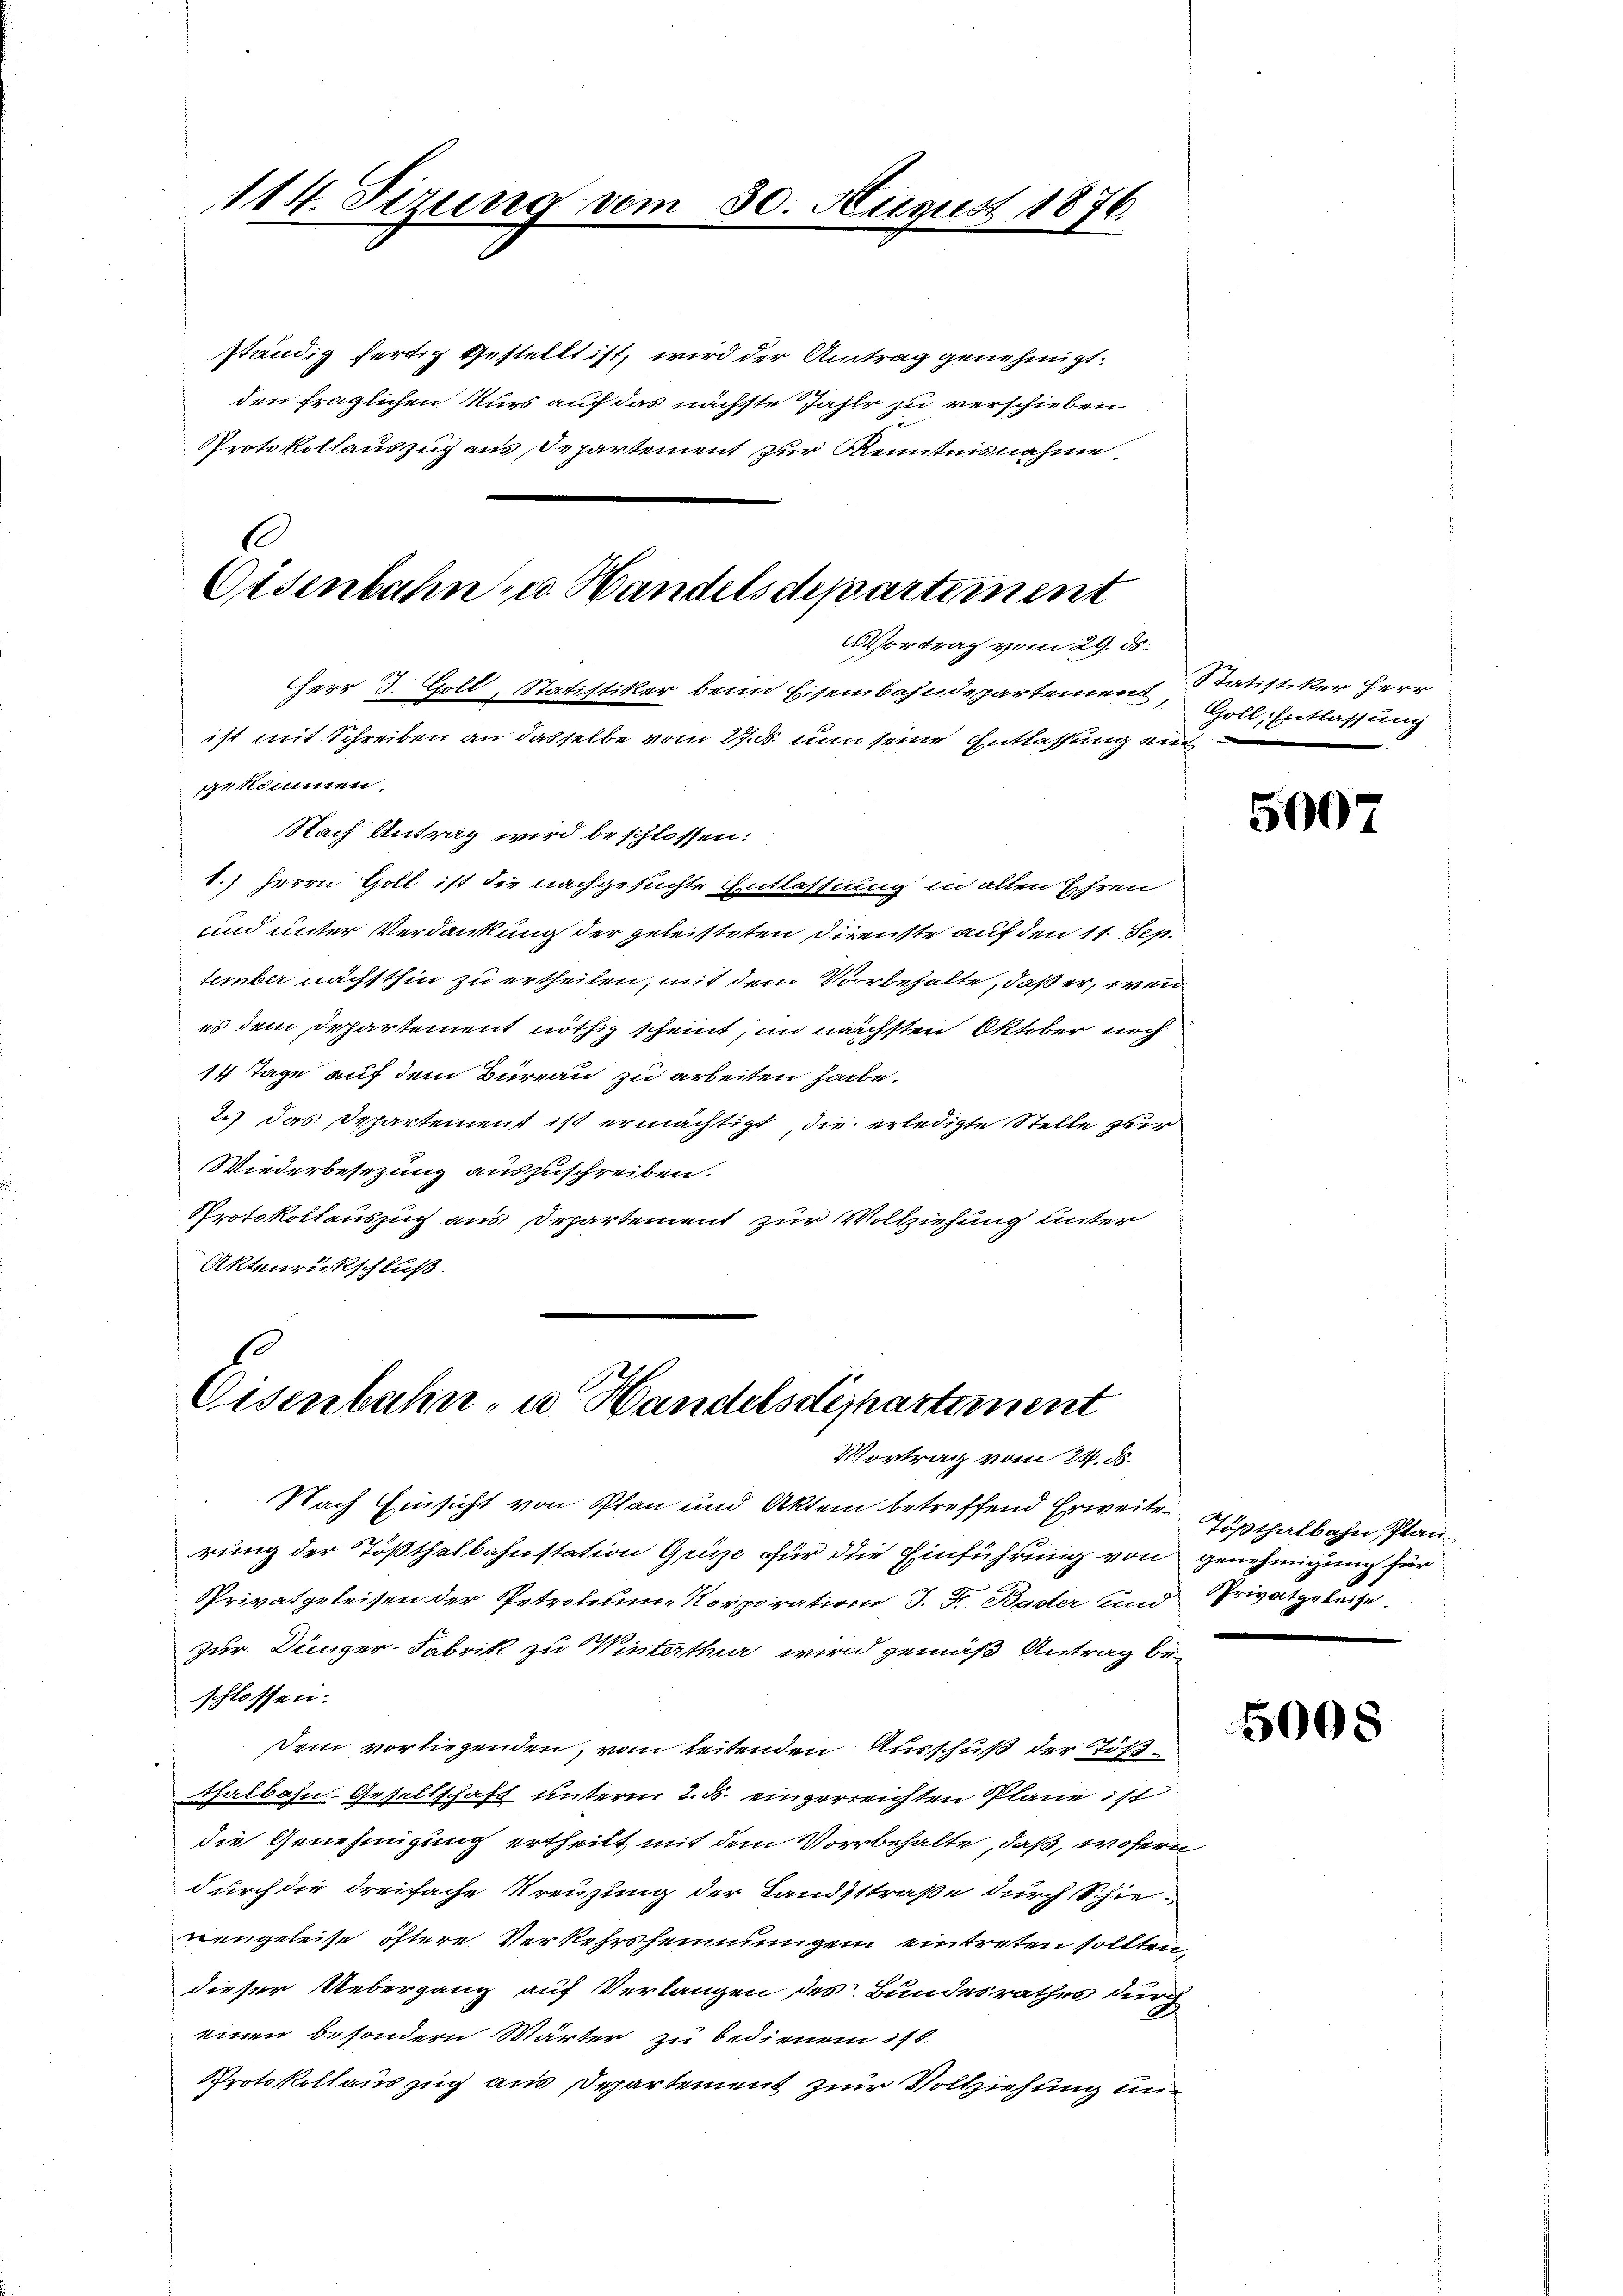
114. Sizung vom 30. August 1876.

ständig fertig gestellt ist, wird der Antrag genehmigt.
den fraglichen Kurs auf das nächste Jahle zu verschieben
Protokollauszug aus Departement zur Kenntnisnahme,
C

Eisenbahn zu Handelsdepartiment
Vortrag vom 29. ds.
Herr J. Goll, Statistiker beim Eisenbahndepartement Satistiker Herr
ist mit Schreiben an dasselbe vom 27. d. nun seine Entlassung ein

Eisenbahn- u Handelsdepartement
Vortrag vom 24. ds.

genommen.
Nach Antrag wird beschlossen:
1.) Herrn Goll ist die nachgesuchte Entlassung in allen Ehren
und unter Verdankung der geleisteten Dienste auf den 11. Sep.
tember nächsthin zu ertheilen, mit dem Vorbehalte, daß er, wenn
es dem Departement nöthig scheint, im nächsten Oktober noch
14 Tage auf dem Büreau zu arbeiten habe.
2.) Das Departement ist ermächtigt, die erledigte Stelle zur
Wiederbesezung auszuschreiben.
Protokollauszug aus Departement zur Vollziehung unter
Aktenrückschluß.

Goll, Entlassung

Nach Einsicht von Plan und Aktem betreffend Erweiterung der Tößthalbahnstation Grüse für die Einführung von genehmigung für
Privatgeleisen der Petroleum- Korporation J. F. Bader und Privatgeteige
zur Dünger-Fabrik zu Winterthur wird gemäß Antrag beschlossen:
Dein vorliegenden, vom leitenden Ausschuß der Töß¬
Thalbahn. Gesellschaft unterm 2. d. eingerreichten Pläne ist
die Genehmigung ertheilt mit dem Vorbehalte, daß, wofern
durch die dreifache Kreuzung der Landsstraße durch Schieneugeleise öftere Verkehrshemmungen eintreten sollten,
dieser Uebergang auf Verlangen des Bundesrathes durch
einen besondern Wärter zu bedienen in 6.
Protokollauszug aus Departement zur Vollziehung un¬

5007

Tößthalbahn, Plan
.

5008